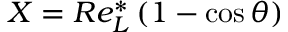
X = R e _ { L } ^ { * } \left( 1 - \cos \theta \right)